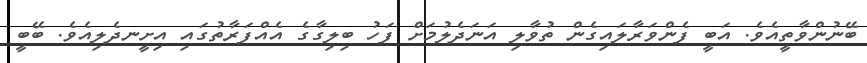
ބޭނުންވާތީއެވެ. އަބީ ފެންވަރާލައިގެން ތުވާލި އަނަދެލުމަށް ފަހު ބިލިގާގެ އެއްފަރާތުގައި އިށީނދެލިއެވެ. ބޭބީ